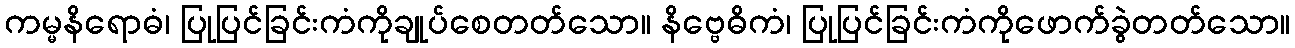
ကမ္မနိရောဓံ၊ ပြုပြင်ခြင်းကံကိုချုပ်စေတတ်သော။ နိဗ္ဗေဓိကံ၊ ပြုပြင်ခြင်းကံကိုဖောက်ခွဲတတ်သော။